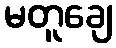
မတူချေ